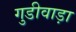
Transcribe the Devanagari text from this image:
गुडीवाड़ा